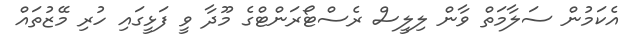
އެކަމުން ސަލާމަތް ވާން ލިލީސް ރެސްޓޯރަންޓްގެ މޫދާ ވީ ފަޅީގައި ހުރި މޭޒުތައް